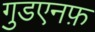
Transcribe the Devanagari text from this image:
गुडएनफ़